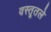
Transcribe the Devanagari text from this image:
वस्तूतले